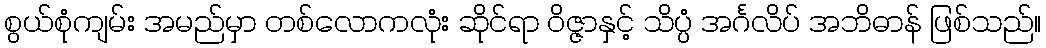
စွယ်စုံကျမ်း အမည်မှာ တစ်လောကလုံး ဆိုင်ရာ ဝိဇ္ဇာနှင့် သိပ္ပံ အင်္ဂလိပ် အဘိဓာန် ဖြစ်သည်။